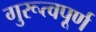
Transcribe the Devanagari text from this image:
गुरूत्वपूर्ण